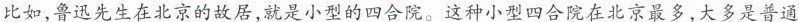
比如，鲁迅先生在北京的故居，就是小型的四合院。这种小型四合院在北京最多，大多是普通